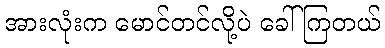
အားလုံးက မောင်တင်လို့ပဲ ခေါ်ကြတယ်